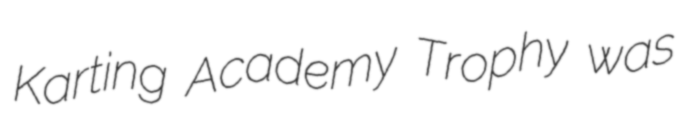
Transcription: Karting Academy Trophy was